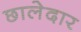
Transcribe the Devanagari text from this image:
छालेदार